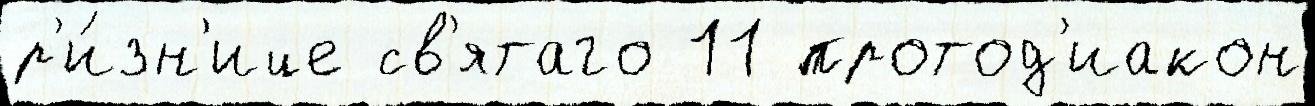
р'и́зн'ице св'ятаго 11 протод'иакон